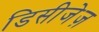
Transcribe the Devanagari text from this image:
डिसीजेज़